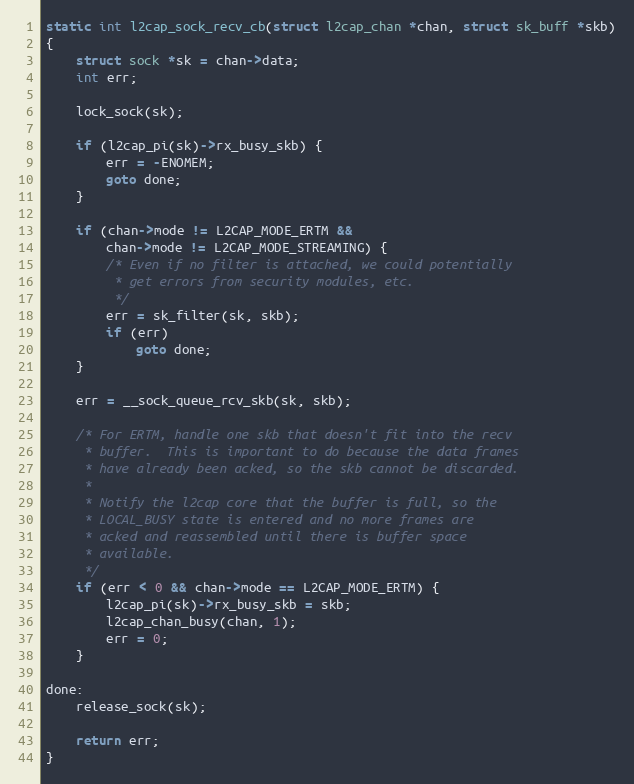
Language: C
static int l2cap_sock_recv_cb(struct l2cap_chan *chan, struct sk_buff *skb)
{
	struct sock *sk = chan->data;
	int err;

	lock_sock(sk);

	if (l2cap_pi(sk)->rx_busy_skb) {
		err = -ENOMEM;
		goto done;
	}

	if (chan->mode != L2CAP_MODE_ERTM &&
	    chan->mode != L2CAP_MODE_STREAMING) {
		/* Even if no filter is attached, we could potentially
		 * get errors from security modules, etc.
		 */
		err = sk_filter(sk, skb);
		if (err)
			goto done;
	}

	err = __sock_queue_rcv_skb(sk, skb);

	/* For ERTM, handle one skb that doesn't fit into the recv
	 * buffer.  This is important to do because the data frames
	 * have already been acked, so the skb cannot be discarded.
	 *
	 * Notify the l2cap core that the buffer is full, so the
	 * LOCAL_BUSY state is entered and no more frames are
	 * acked and reassembled until there is buffer space
	 * available.
	 */
	if (err < 0 && chan->mode == L2CAP_MODE_ERTM) {
		l2cap_pi(sk)->rx_busy_skb = skb;
		l2cap_chan_busy(chan, 1);
		err = 0;
	}

done:
	release_sock(sk);

	return err;
}